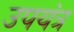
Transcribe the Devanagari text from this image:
उपयंत्र